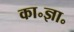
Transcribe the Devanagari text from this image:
का॰ज्ञा॰